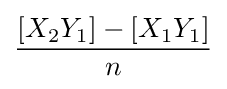
{\frac {[X_{2}Y_{1}]-[X_{1}Y_{1}]}{n}}